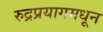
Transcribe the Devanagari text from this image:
रुद्रप्रयागमधून